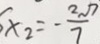
x _ { 2 } = - \frac { 2 \sqrt { 7 } } { 7 }